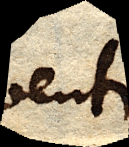
venti